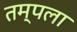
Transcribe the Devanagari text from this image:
तम्पला